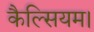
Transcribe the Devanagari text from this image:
कैल्सियम।